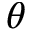
\theta